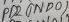
Text: PD2